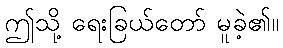
ဤသို့ ရေးခြယ်တော် မူခဲ့၏။